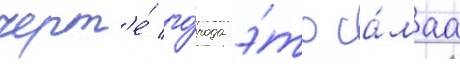
черт'е́ го́рода э́то са́маа